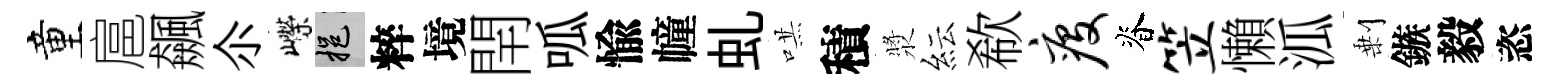
童扈飆尒嶸挹粹境閈呱愉幢虬哄積漿紜欷疫脊笠懶泒剰鏃毅恣